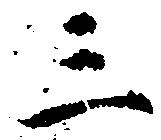
三